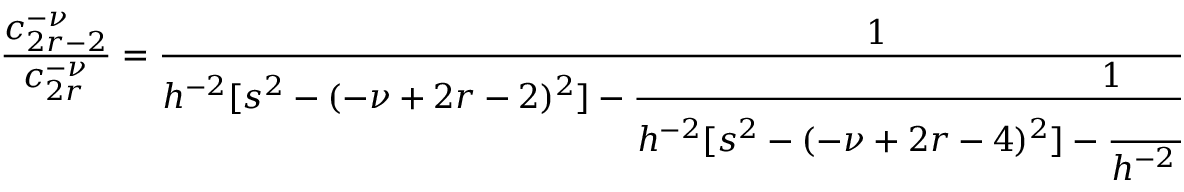
\frac { c _ { 2 r - 2 } ^ { - \nu } } { c _ { 2 r } ^ { - \nu } } = \frac { 1 } { \displaystyle h ^ { - 2 } [ s ^ { 2 } - ( - \nu + 2 r - 2 ) ^ { 2 } ] - \frac { 1 } { \displaystyle h ^ { - 2 } [ s ^ { 2 } - ( - \nu + 2 r - 4 ) ^ { 2 } ] - \frac { 1 } { \displaystyle h ^ { - 2 } [ s ^ { 2 } - ( - \nu + 2 r - 6 ) ^ { 2 } ] \cdot \cdot \cdot } } }